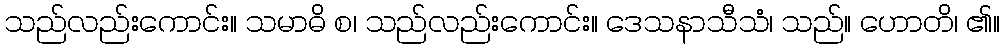
သည်လည်းကောင်း။ သမာဓိ စ၊ သည်လည်းကောင်း။ ဒေသနာသီသံ၊ သည်။ ဟောတိ၊ ၏။